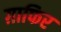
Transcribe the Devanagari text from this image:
ग़ाफिर